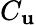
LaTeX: C_{\mathbf{u}}